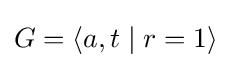
G=\langle a,t\mid r=1\rangle